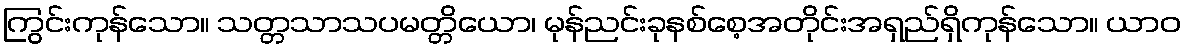
ကြွင်းကုန်သော။ သတ္တသာသပမတ္တိယော၊ မုန်ညင်းခုနစ်စေ့အတိုင်းအရှည်ရှိကုန်သော။ ယာဝ